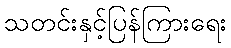
သတင်းနှင့်ပြန်ကြားရေး